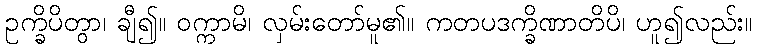
ဥက္ခိပိတွာ၊ ချီ၍။ ဝက္ကာမိ၊ လှမ်းတော်မူ၏။ ကတပဒက္ခိဏာတိပိ၊ ဟူ၍လည်း။